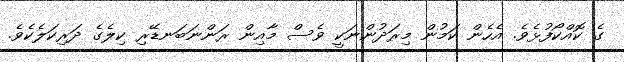
ގެ ކޮއްކޯފުޅެވެ. އެހެން ކަމުން މިރަދުންނަކީ ވެސް މާއިން ރަންނަބަނޑޭރި ކިލެގެ ދަރިކަލެކެވެ.